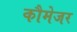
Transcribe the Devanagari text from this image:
कौमेजर